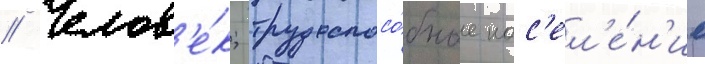
// Челов'е́к; трудоспосо́бное нас'ел'е́н'ие